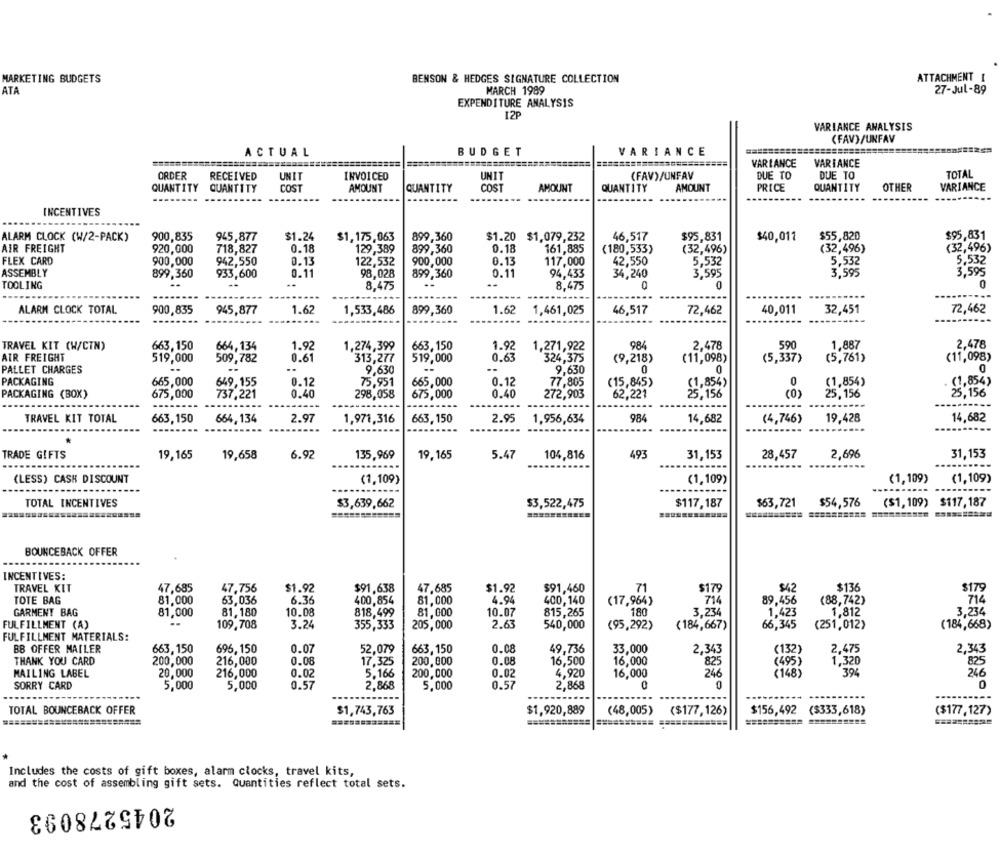
MARKETING BUDGETS
BENSON & HEDGES SIGNATURE COLLECTION
ATTACHMENT I
ATA
MARCH 1989
27-Jul-89
EXPENDITURE ANALYSIS
12P
VARIANCE ANALYSIS
(FAV)/UNFAV
ACTUAL
BUDGET
VARIANCE
==========
VARIANCE
VARIANCE
ORDER
RECEIVED
UNIT
INVOICED
UNIT
(FAV)/UNFAV
DUE TO
DUE TO
TOTAL
QUANTITY QUANTITY
COST
AMOUNT
QUANTITY
COST
AMOUNT
QUANTITY
AMOUNT
PRICE
QUANTITY
OTHER
VARIANCE
----
INCENTIVES
ALARM CLOCK (W/2-PACK)
900,835
945,877
$1.24
$1,175,063
899,360
$1.20 $1,079,232
46,517
$95,831
$40,011
$55,820
$95,831
AIR FREIGHT
920,000
718,827
0.18
129,389
0.18
161,885
(180,533)
(32,496)
(32,496)
(32,496)
899,360
FLEX CARD
900,000
942,550
0.13
122,532
900,000
0.13
117,000
42,550
5,532
5,532
5,532
ASSEMBLY
899,360
933,600
0.11
98,028
899,360
0.11
94,433
34,240
3.595
3,595
3,595
0
TOOLING
-
8,475
8,475
o
...
ALARM CLOCK TOTAL
1.62
1.62
46,517
40,011
32,451
72,462
900,835
945,877
1,533,486
899,360
1,461,025
72,462
-----
590
2.478
TRAVEL KIT (W/CTN)
663,150
664,134
1.92
1,274,399
663,150
1.92
1,271,922
984
2,478
1,887
AIR FREIGHT
519,000
509,782
0.61
313,277
519,000
0.63
324,375
(9,218)
(11,098)
(5,337)
(5,761)
(11,098)
PALLET CHARGES
--
-.
9,630
0
0
0
9,630
PACKAGING
665,000
649,155
0.12
75,951
665,000
0.12
77,805
(15,845)
0
(1,854)
(1,854)
PACKAGING (BOX)
675,000
737,221
0.40
298,058
675,000
0.40
272,903
62,221
(1, 8543
(O)
25,156
25,156
----------
-------
------
TRAVEL KIT TOTAL
663,150
664, 134
2.97
1,971,316
663,150
2.95
1,956,634
984
14,682
(4,746)
19,428
14,682
TRADE GIFTS
19,165
19,658
6.92
135,969
19,165
5.47
104,816
493
28,457
2,696
31,153
31,153
.--------
...
.-------
....
(LESS) CASH DISCOUNT
(1,109)
(1,109)
(1,109)
(1,109)
TOTAL INCENTIVES
$3,639,662
$3,522,475
$117,187
$63,721
$54,576
($1,109) $117,187
==========
BOUNCEBACK OFFER
INCENTIVES:
TRAVEL KIT
47,685
47,756
$1.92
$91.638
47,685
$1.92
$91,460
71
$179
$42
$136
$179
TOTE BAG
63,036
6.36
400,854
4.94
400,140
(17,964)
(88,742)
714
81,000
81,000
714
89,456
GARMENT BAG
81,000
81,180
10.08
818,499
81,000
10.07
815,265
180
3,234
1,423
1,812
3,234
FULFILLMENT (A)
109,708
3.24
355,333
205,000
2.63
540,000
(95,292)
(184,667)
66,345
(251,012)
(184,668)
FULFILLMENT MATERIALS:
BB OFFER MAILER
663,150
696, 150
0.07
52,079
663, 150
0.08
49,736
33,000
2,343
(132)
2.475
2,343
THANK YOU CARD
200,000
216,000
0.08
0.08
16,500
16,000
825
17,325
200,000
825
( 495 )
1,320
MAILING LABEL
20,000
216,000
0.02
5,166
200,000
0.02
4,920
16,000
246
(148)
394
246
SORRY CARD
5,000
5,000
0.57
2,868
5,000
0.57
2,868
0
0
------------
....
.......
TOTAL BOUNCEBACK OFFER
$1,743,763
$1,920,889
(48,005)
($177,126)
$156,492 ($333,618)
($177,127)
Includes the costs of gift boxes, alarm clocks, travel kits,
and the cost of assembling gift sets. Quantities reflect total sets.
2045278093